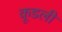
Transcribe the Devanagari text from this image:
कूडली